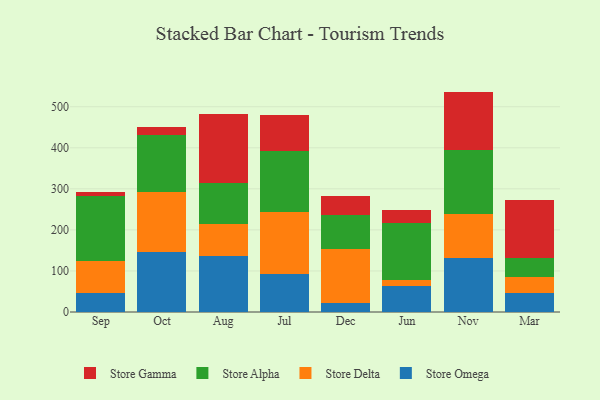
{"axis": {"x": "Month", "y": "Bounce Rate (%)"}, "legend": ["Store Alpha", "Store Delta", "Store Gamma", "Store Omega"], "data": [{"x": "Sep", "y": 45.3, "type": "Store Omega"}, {"x": "Sep", "y": 78.2, "type": "Store Delta"}, {"x": "Sep", "y": 159.8, "type": "Store Alpha"}, {"x": "Sep", "y": 9.2, "type": "Store Gamma"}, {"x": "Oct", "y": 146.0, "type": "Store Omega"}, {"x": "Oct", "y": 145.5, "type": "Store Delta"}, {"x": "Oct", "y": 140.4, "type": "Store Alpha"}, {"x": "Oct", "y": 18.4, "type": "Store Gamma"}, {"x": "Aug", "y": 136.5, "type": "Store Omega"}, {"x": "Aug", "y": 77.3, "type": "Store Delta"}, {"x": "Aug", "y": 99.5, "type": "Store Alpha"}, {"x": "Aug", "y": 169.8, "type": "Store Gamma"}, {"x": "Jul", "y": 93.2, "type": "Store Omega"}, {"x": "Jul", "y": 150.8, "type": "Store Delta"}, {"x": "Jul", "y": 148.0, "type": "Store Alpha"}, {"x": "Jul", "y": 87.8, "type": "Store Gamma"}, {"x": "Dec", "y": 21.9, "type": "Store Omega"}, {"x": "Dec", "y": 131.3, "type": "Store Delta"}, {"x": "Dec", "y": 84.1, "type": "Store Alpha"}, {"x": "Dec", "y": 46.4, "type": "Store Gamma"}, {"x": "Jun", "y": 63.3, "type": "Store Omega"}, {"x": "Jun", "y": 15.6, "type": "Store Delta"}, {"x": "Jun", "y": 138.2, "type": "Store Alpha"}, {"x": "Jun", "y": 32.0, "type": "Store Gamma"}, {"x": "Nov", "y": 132.5, "type": "Store Omega"}, {"x": "Nov", "y": 105.9, "type": "Store Delta"}, {"x": "Nov", "y": 155.1, "type": "Store Alpha"}, {"x": "Nov", "y": 143.4, "type": "Store Gamma"}, {"x": "Mar", "y": 46.3, "type": "Store Omega"}, {"x": "Mar", "y": 39.4, "type": "Store Delta"}, {"x": "Mar", "y": 46.3, "type": "Store Alpha"}, {"x": "Mar", "y": 141.4, "type": "Store Gamma"}]}